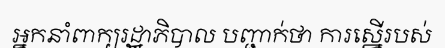
អ្នកនាំពាក្យរដ្ឋាភិបាល បញ្ជាក់ថា ការស្នើរបស់